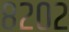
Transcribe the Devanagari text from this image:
८२०२